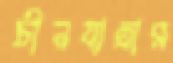
চীনযাত্রার